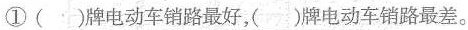
①()牌电动车销路最好，()牌电动车销路最差。